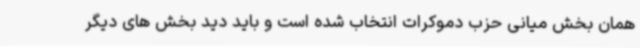
همان بخش میانی حزب دموکرات انتخاب شده است و باید دید بخش های دیگر